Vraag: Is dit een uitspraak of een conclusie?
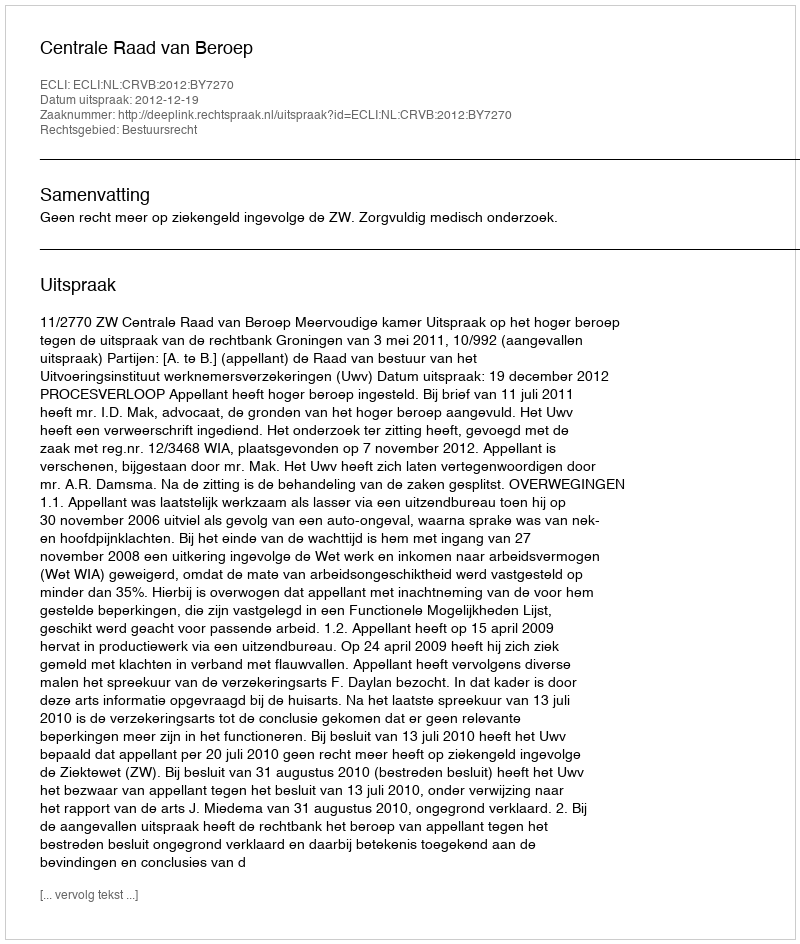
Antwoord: Uitspraak